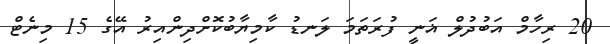
20 ރިހާމް އަބުދުލް ޣަނީ ފުރަތަމަ ލަނޑު ކާމިޔާބުކޮށްދިންއިރު އޭގެ 15 މިނެޓް